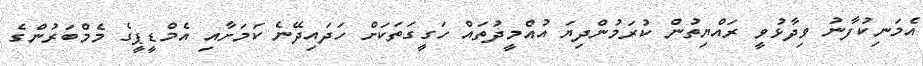
އެމަނިކުފާނު ވިދާޅުވީ ރައްޔިތުން ކުރަމުންދިޔަ އުއްމީދުތައް ހަގީގަތަކަށް ހަދައިދޭނެ ކަމަށާއި އެމްޑީޕީގެ މެމްބަރުންގެ